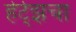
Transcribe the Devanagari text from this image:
हेर्ट्झचा